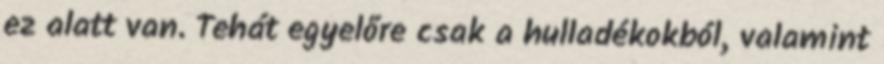
ez alatt van. Tehát egyelőre csak a hulladékokból, valamint